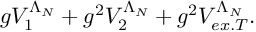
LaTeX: g V _ { 1 } ^ { \Lambda _ { N } } + g ^ { 2 } V _ { 2 } ^ { \Lambda _ { N } } + g ^ { 2 } V _ { e x . T } ^ { \Lambda _ { N } } .